Civil Veterinary Department. Madras. Admin. report 1926-33 - 1926-1933
Year: 1926
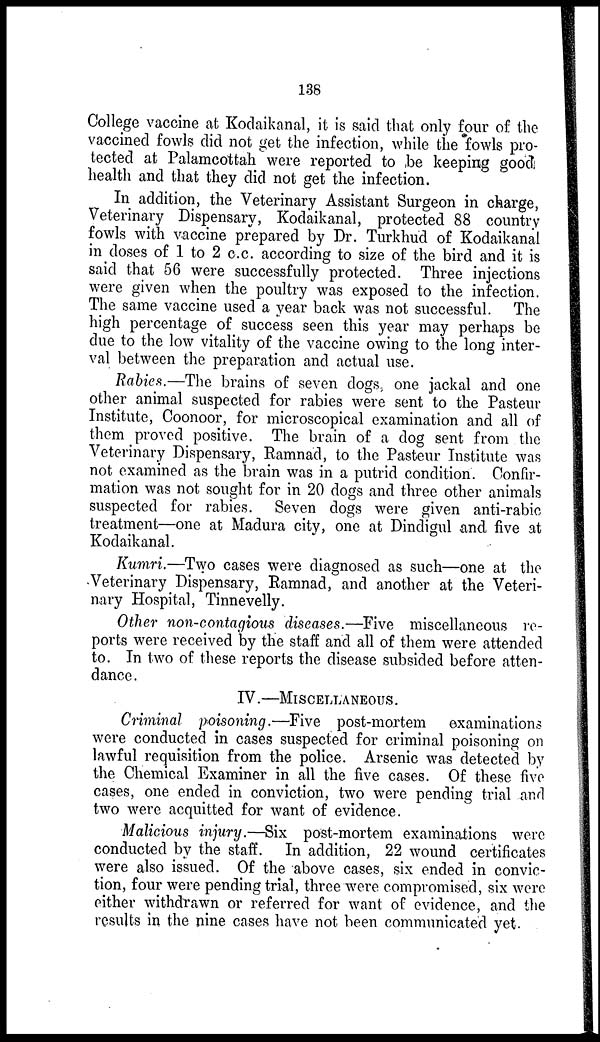
138
College vaccine at Kodaikanal, it is said that only four of the
vaccined fowls did not get the infection, while the fowls pro-
tected at Palamcottah were reported to be keeping good
health and that they did not get the infection.
In addition, the Veterinary Assistant Surgeon in charge,
Veterinary Dispensary, Kodaikanal, protected 88 country
fowls with vaccine prepared by Dr. Turkhud of Kodaikanal
in doses of 1 to 2 c.c. according to size of the bird and it is
said that 56 were successfully protected. Three injections
were given when the poultry was exposed to the infection.
The same vaccine used a year back was not successful. The
high percentage of success seen this year may perhaps be
due to the low vitality of the vaccine owing to the long inter-
val between the preparation and actual use.
Rabies.—The brains of seven dogs, one jackal and one
other animal suspected for rabies were sent to the Pasteur
Institute, Coonoor, for microscopical examination and all of
them proved positive. The brain of a dog sent from the
Veterinary Dispensary, Ramnad, to the Pasteur Institute was
not examined as the brain was in a putrid condition. Confir-
mation was not sought for in 20 dogs and three other animals
suspected for rabies. Seven dogs were given anti-rabic
treatment—one at Madura city, one at Dindigul and five at
Kodaikanal.
Kumri.—Two cases were diagnosed as such—one at the
Veterinary Dispensary, Ramnad, and another at the Veteri-
nary Hospital, Tinnevelly.
Other non-contagious diseases.—Five miscellaneous re-
ports were received by the staff and all of them were attended
to. In two of these reports the disease subsided before atten-
dance.
IV.—MISCELLANEOUS.
Criminal poisoning.—Five post-mortem examinations
were conducted in cases suspected for criminal poisoning on
lawful requisition from the police. Arsenic was detected by
the Chemical Examiner in all the five cases. Of these five
cases, one ended in conviction, two were pending trial and
two were acquitted for want of evidence.
Malicious injury.—Six post-mortem examinations were
conducted by the staff. In addition, 22 wound certificates
were also issued. Of the above cases, six ended in convic-
tion, four were pending trial, three were compromised, six were
either withdrawn or referred for want of evidence, and the
results in the nine cases have not been communicated yet.